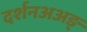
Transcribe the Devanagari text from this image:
दर्शनअअङ्